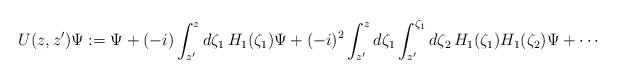
LaTeX: \begin{align*}U(z,z') \Psi := \Psi + (-i) \int _{z'} ^z d\zeta _1 \, H_1(\zeta _1) \Psi + (-i)^2 \int _{z'} ^z d\zeta _1 \int _{z'} ^{\zeta _1} d\zeta _2 \, H_1(\zeta _1) H_1(\zeta _2) \Psi + \cdots \end{align*}